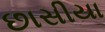
છાસીયા